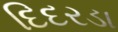
દિદરડા